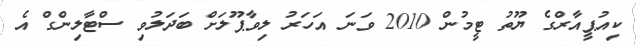
ކިއުޕީއާރްގެ ޔޫތު ޓީމުން 2010 ވަނަ އަހަރު ލިވާޕޫލަށް ބަދަލުވި ސްޓާލިންގް އެ